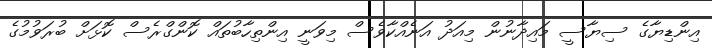
އިންޑިޔާގެ ސިޔާސީ މައިދާނުން މިއަދު އަނެއްކާވެސް މިވަނީ އިންތިހާބުތައް ކޮންގްރެސް ކޮޅަށް ބުރަވުމުގެ